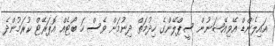
އައިލެންޑް އޭވިއޭޝަނުން ސީޕްލޭންގެ ހިދުމަތް ދިނުމަށް ވެސް ހަ ބޯޓެއް އޮޕަރޭޓް ކުރަމުންދެ